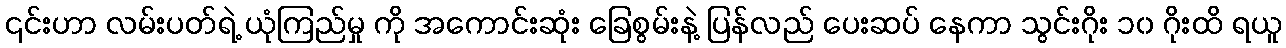
၎င်းဟာ လမ်းပတ်ရဲ့ ယုံကြည်မှု ကို အကောင်းဆုံး ခြေစွမ်းနဲ့ ပြန်လည် ပေးဆပ် နေကာ သွင်းဂိုး ၁၀ ဂိုးထိ ရယူ